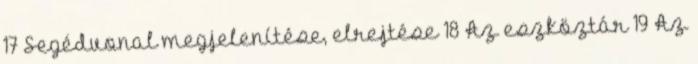
17 Segédvonal megjelenítése, elrejtése 18 Az eszköztár 19 Az